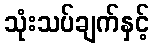
သုံးသပ်ချက်နှင့်